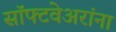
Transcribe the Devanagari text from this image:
सॉफ्टवेअरांना